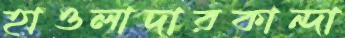
হাওলাদারকান্দা